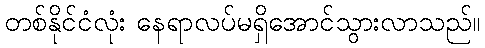
တစ်နိုင်ငံလုံး နေရာလပ်မရှိအောင်သွားလာသည်။